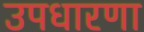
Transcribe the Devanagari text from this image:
उपधारणा